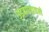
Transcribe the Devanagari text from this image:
उडवण्यातले